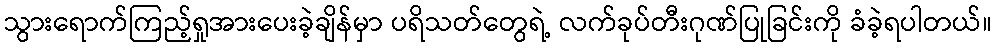
သွားရောက်ကြည့်ရှုအားပေးခဲ့ချိန်မှာ ပရိသတ်တွေရဲ့ လက်ခုပ်တီးဂုဏ်ပြုခြင်းကို ခံခဲ့ရပါတယ်။